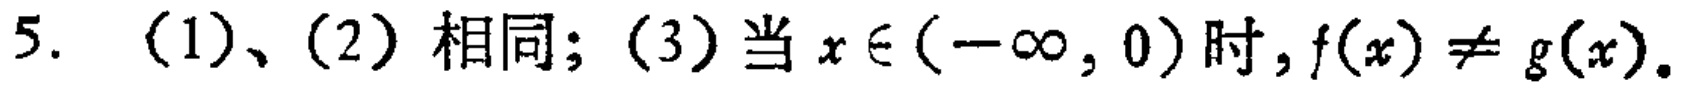
5. （1）、（2）相同；（3）当 \(x\in(-\infty,0)\) 时，\(f(x)\neq g(x)\)。